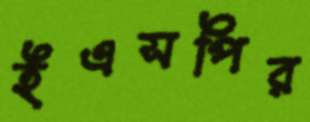
ইএসপির